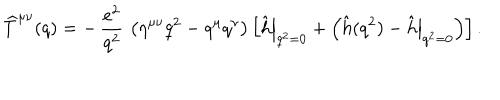
\widehat T ^ { \mu \nu } ( q ) = - \, { \frac { e ^ { 2 } } { q ^ { 2 } } } \, \left( \eta ^ { \mu \nu } q ^ { 2 } - q ^ { \mu } q ^ { \nu } \right) \left[ \left. \hat { h } \right| _ { q ^ { 2 } = 0 } + \left( \hat { h } ( q ^ { 2 } ) - \left. \hat { h } \right| _ { q ^ { 2 } = 0 } \right) \right] .